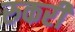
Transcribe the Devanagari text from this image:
रुकरी